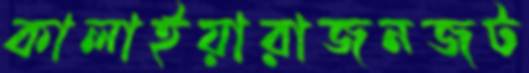
কালাইয়ারাজনজট